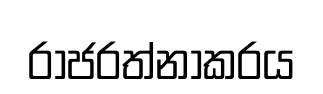
රාජරත්නාකරය